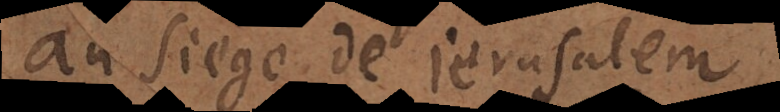
au siege de Jerusalem,